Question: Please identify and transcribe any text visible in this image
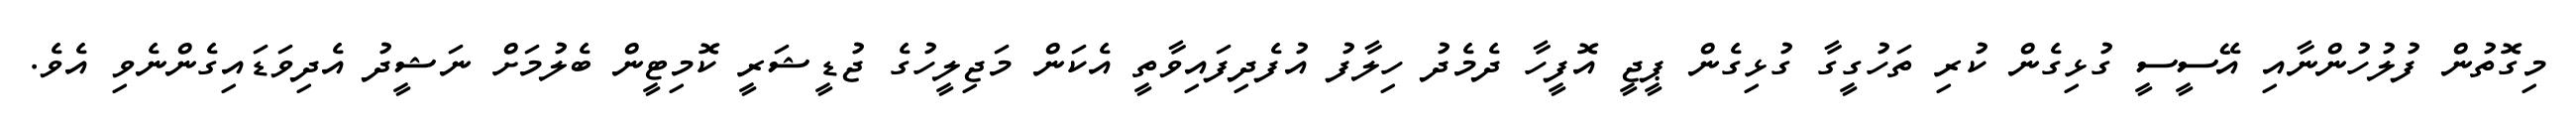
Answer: މިގޮތުން ފުލުހުންނާއި އޭސީސީ ގުޅިގެން ކުރި ތަހުގީގާ ގުޅިގެން ޕީޖީ އޮފީހާ ދެމެދު ހިލާފު އުފެދިފައިވާތީ އެކަން މަޖިލީހުގެ ޖުޑީޝަރީ ކޮމިޓީން ބެލުމަށް ނަޝީދު އެދިވަޑައިގެންނެވި އެވެ.